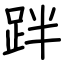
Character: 跘